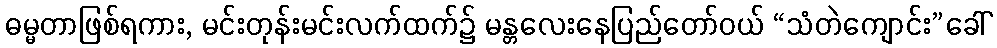
ဓမ္မတာဖြစ်ရကား, မင်းတုန်းမင်းလက်ထက်၌ မန္တလေးနေပြည်တော်ဝယ် “သံတဲကျောင်း”ခေါ်